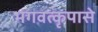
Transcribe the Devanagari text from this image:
भगवत्‍कृपासे